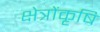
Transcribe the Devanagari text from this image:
क्षेत्रोंकृषि